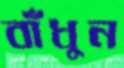
বাঁধুন